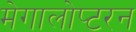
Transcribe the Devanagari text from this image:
मेगालोप्टरन